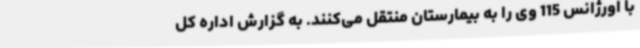
با اورژانس 115 وی را به بیمارستان منتقل می‌کنند. به گزارش اداره کل